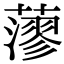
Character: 𦾷